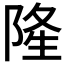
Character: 𨺓